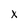
Character: X